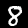
Label: 8